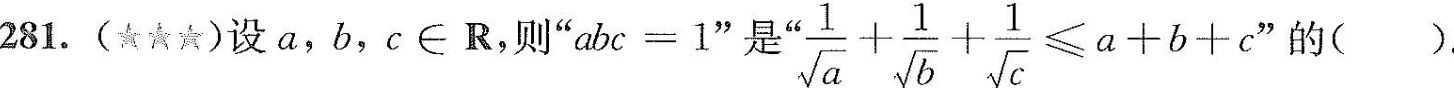
281.(☆☆☆)设a，b，c∈R，则”$$ a b c = 1$$ ” $$= \frac{1}{ \sqrt{a}} + \frac{1}{ \sqrt{b}} + \frac{1}{ \sqrt{c}} \leqslant a+b+c$$ “的()。